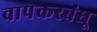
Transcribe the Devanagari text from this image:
चापेकरबंधू